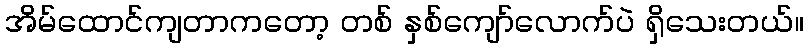
အိမ်ထောင်ကျတာကတော့ တစ် နှစ်ကျော်လောက်ပဲ ရှိသေးတယ်။